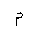
Letter: _mim